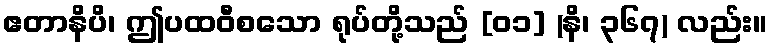
ဧတာနိပိ၊ ဤပထဝီစသော ရုပ်တို့သည် [၀၁] (နိ၊ ၃၆၇) လည်း။